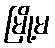
မြို့မ